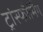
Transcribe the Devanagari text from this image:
ट्रांस्फौर्मिंग